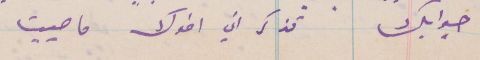
جوابك تذكر اني اخوك ماحييت